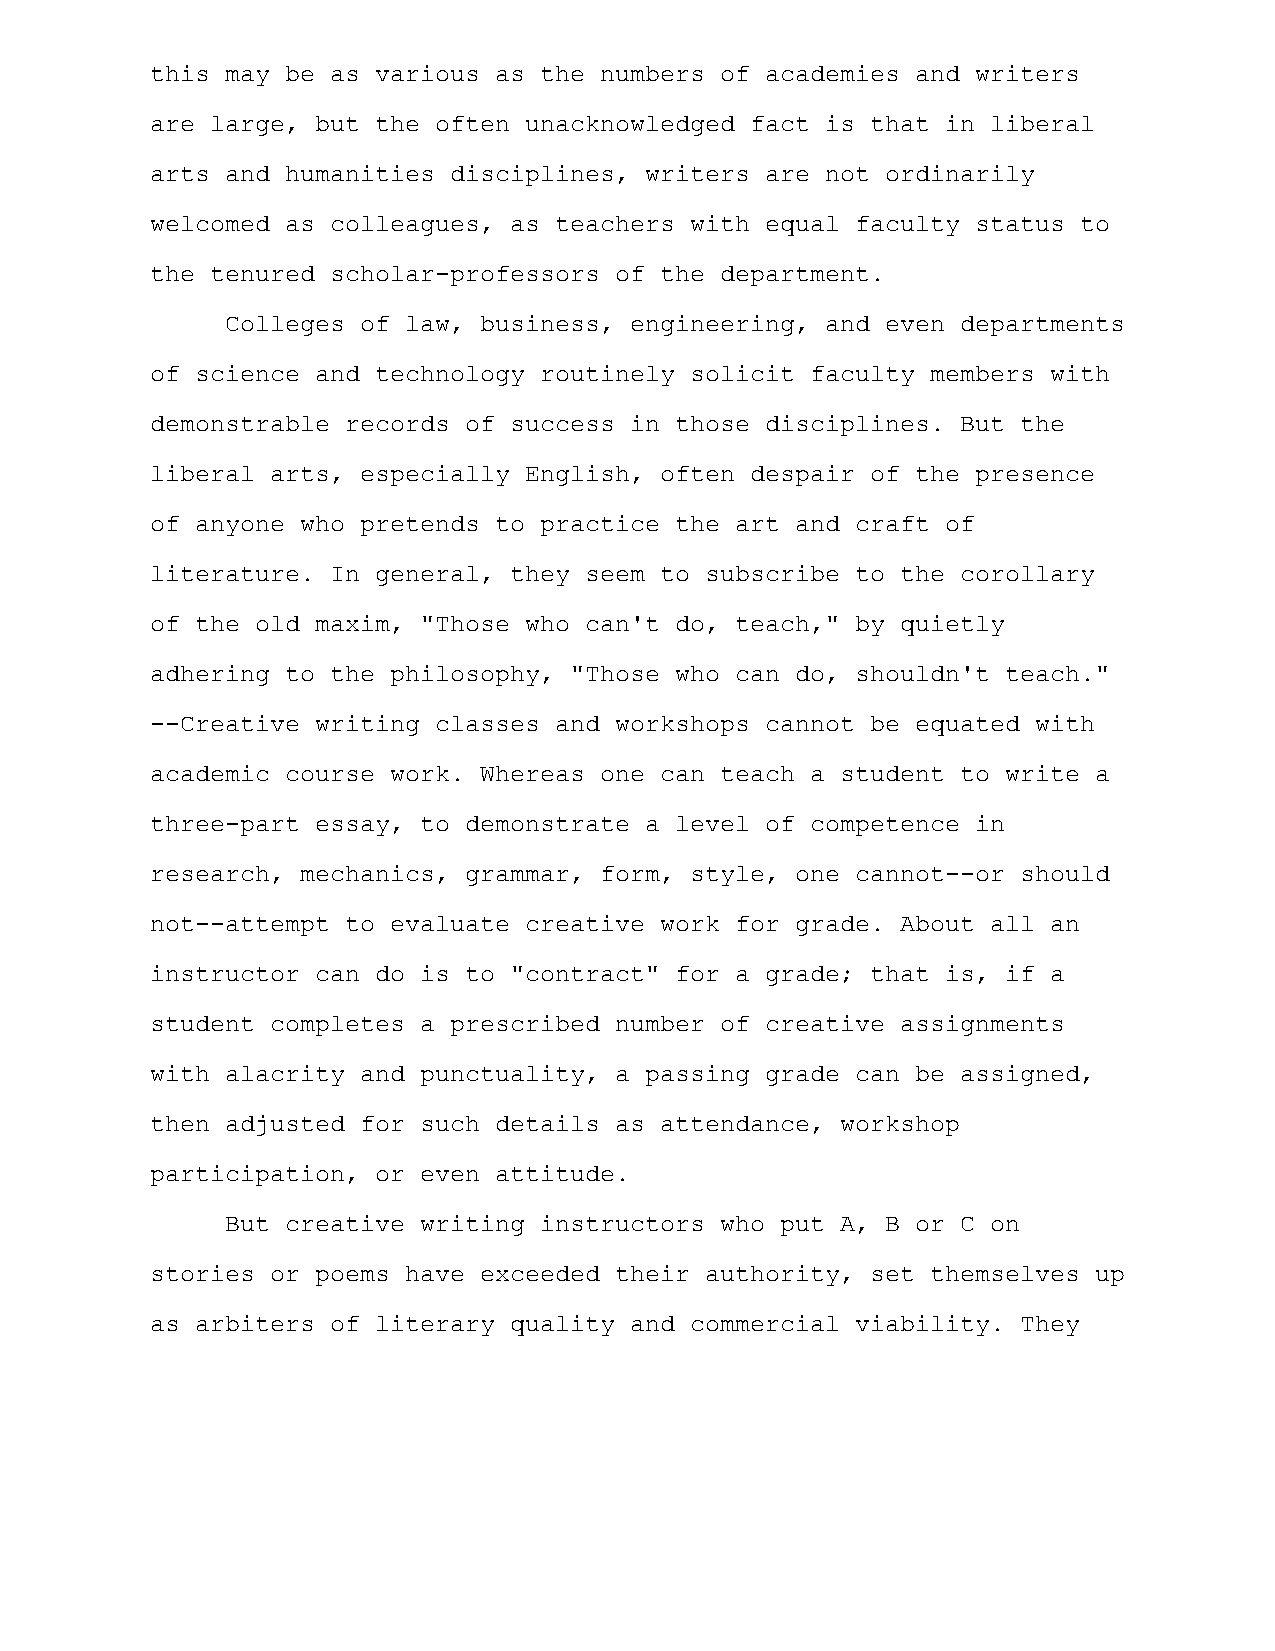
this may be as various as the numbers of academies and writers
 are large, but the often unacknowledged fact is that in liberal
 arts and humanities disciplines, writers are not ordinarily
 welcomed as colleagues, as teachers with equal faculty status to
 the tenured scholar-professors of the department.
 Colleges of law, business, engineering, and even departments
 of science and technology routinely solicit faculty members with
 demonstrable records of success in those disciplines. But the
 liberal arts, especially English, often despair of the presence
 of anyone who pretends to practice the art and craft of
 literature. In general, they seem to subscribe to the corollary
 of the old maxim, "Those who can't do, teach," by quietly
 adhering to the philosophy, "Those who can do, shouldn't teach."
 --Creative writing classes and workshops cannot be equated with
 academic course work. Whereas one can teach a student to write a
 three-part essay, to demonstrate a level of competence in
 research, mechanics, grammar, form, style, one cannot--or should
 not--attempt to evaluate creative work for grade. About all an
 instructor can do is to "contract" for a grade; that is, if a
 student completes a prescribed number of creative assignments
 with alacrity and punctuality, a passing grade can be assigned,
 then adjusted for such details as attendance, workshop
 participation, or even attitude.
 But creative writing instructors who put A, B or C on
 stories or poems have exceeded their authority, set themselves up
 as arbiters of literary quality and commercial viability. They